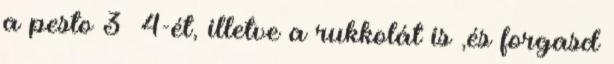
a pesto 3 4-ét, illetve a rukkolát is ,és forgasd